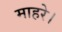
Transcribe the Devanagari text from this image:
माहरे।